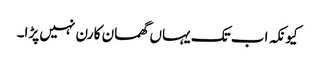
کیونکہ اب تک یہاں گھمسان کا رن نہیں پڑا۔